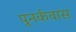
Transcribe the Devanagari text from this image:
पुनर्कवास